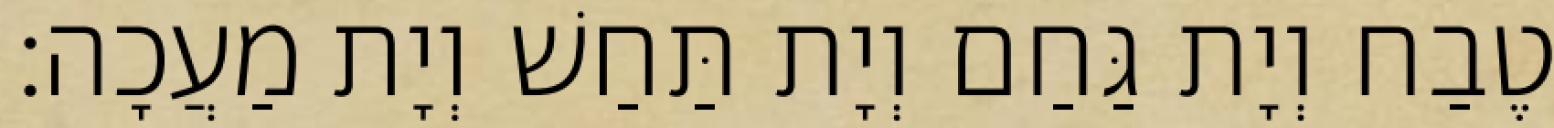
טֶבַח וְיָת גַּחַם וְיָת תַּחַשׁ וְיָת מַעֲכָה׃